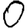
Digit: 0